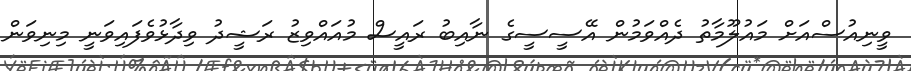
ވީނިއުސްއަށް މައުލޫމާތު ދެއްވަމުން އޭސީސީގެ ނާއިބު ރައީސް މުއައްވިޒު ރަޝީދު ވިދާޅުވެފައިވަނީ މިނިވަން